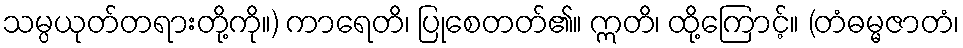
သမ္ပယုတ်တရားတို့ကို။) ကာရေတိ၊ ပြုစေတတ်၏။ ဣတိ၊ ထို့ကြောင့်။ (တံဓမ္မဇာတံ၊